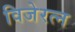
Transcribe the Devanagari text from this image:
विजेरत्न